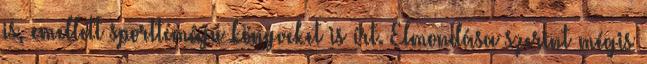
is, emellett sporttémájú könyveket is írt. Elmondása szerint mégis